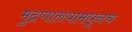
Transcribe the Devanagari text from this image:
मुद्रणालयामधूनच